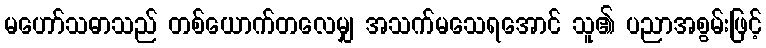
မဟော်သဓာသည် တစ်ယောက်တလေမျှ အသက်မသေရအောင် သူ၏ ပညာအစွမ်းဖြင့်